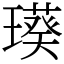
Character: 𤩸